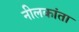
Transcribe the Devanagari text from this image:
नीलकांता